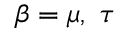
\beta = \mu , ~ \tau